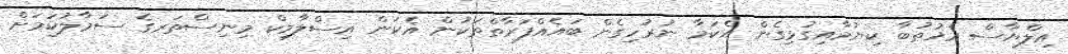
އިލްޔާސް އެޚުޠުބާ ކިޔުމާއިގުޅިގެން އެކަމާ ނުރުހިގެން ބައެއްފަރާތްތަކުން އެކަން އިސްލާމިކް މިނިސްތަރގެ ސަމާލުކަމަށް